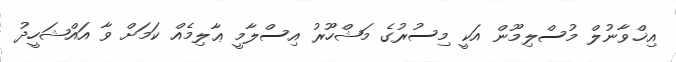
އިޚްވާނުލް މުސްލިމޫން އަކީ މިސުރުގެ މަޝްހޫރު އިސްލާމީ ޢާލިމެއް ކަމަށް ވާ އައްޝަހީދު